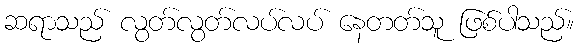
ဆရာသည် လွတ်လွတ်လပ်လပ် နေတတ်သူ ဖြစ်ပါသည်။